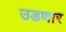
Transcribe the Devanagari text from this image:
उडणार